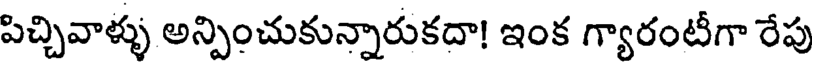
పిచ్చివాళ్ళు అన్పించుకున్నారుకదా! ఇంక గ్యారంటీగా రేపు